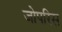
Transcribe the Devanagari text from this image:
जोपरिस